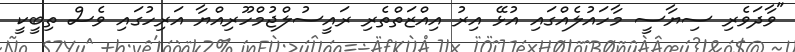
"ވާދަވެރި ސިޔާސީ މާހައުލެއްގައި އުޅޭ އިރު އިއްޒަތްތެރި ރައީސުލްޖުމްހޫރިއްޔާ އަރިހުގައި ވެސް ތިބީކީ